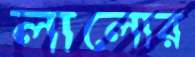
লালোর